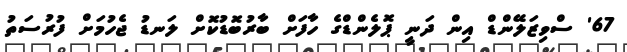
67' ސްވިޒަލޭންޑް އިން ދަނީ ޕޮލެންޑްގެ ހާފަށް ބާރުބޮޑުކޮށް ލަނޑު ޖެހުމަށް ފުރުސަތު